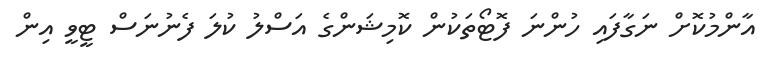
އާންމުކޮށް ނަގާފައި ހުންނަ ފޮޓޯތަކުން ކޮމިޝަންގެ އަސްލު ކުލަ ފެނުނަސް ޓީވީ އިން